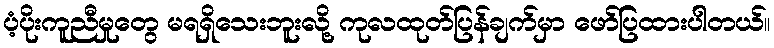
ပံ့ပိုးကူညီမှုတွေ မရရှိသေးဘူးလို့ ကုလထုတ်ပြန်ချက်မှာ ဖော်ပြထားပါတယ်။